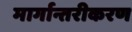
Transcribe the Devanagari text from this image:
मार्गान्तरीकरण